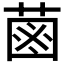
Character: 𦳊